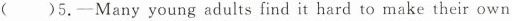
()5.─Many young adults find it hard to make their own